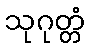
သုဂုတ္တံ